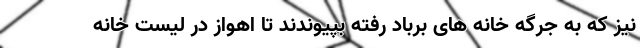
نیز که به جرگه خانه های برباد رفته بپیوندند تا اهواز در لیست خانه